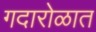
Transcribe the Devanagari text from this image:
गदारोळात